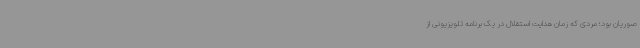
صوریان بود؛ مردی‌ که زمان هدایت استقلال در یک برنامه تلویزیونی از